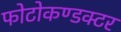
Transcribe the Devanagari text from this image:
फोटोकण्डक्टर